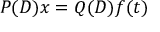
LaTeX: P ( D ) x = Q ( D ) f ( t )